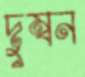
দুম্বন